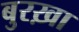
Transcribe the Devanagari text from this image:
बुरख़ा